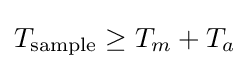
T_{\text{sample}}\geq T_{m}+T_{a}